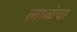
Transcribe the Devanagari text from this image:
लाळंचा